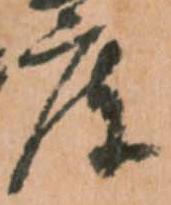
庫